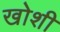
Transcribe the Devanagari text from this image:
खोशी